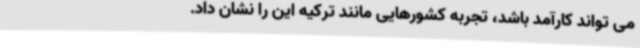
می تواند کارآمد باشد، تجربه کشورهایی مانند ترکیه این را نشان داد.